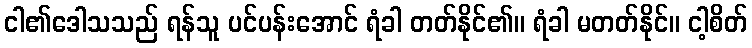
ငါ၏ဒေါသသည် ရန်သူ ပင်ပန်းအောင် ရံခါ တတ်နိုင်၏။ ရံခါ မတတ်နိုင်။ ငါ့စိတ်